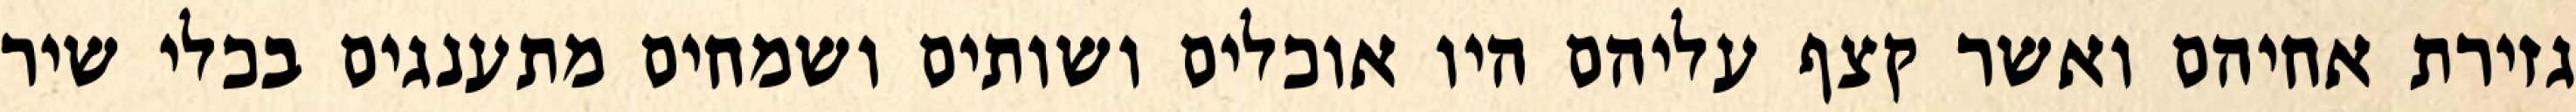
גזירת אחיהם ואשר קצף עליהם היו אוכלים ושותים ושמחים מתענגים בכלי שיר